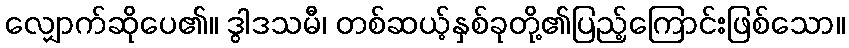
လျှောက်ဆိုပေ၏။ ဒွါဒသမီ၊ တစ်ဆယ့်နှစ်ခုတို့၏ပြည့်ကြောင်းဖြစ်သော။